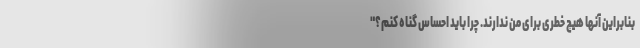
بنابراین آنها هیچ خطری برای من ندارند. چرا باید احساس گناه کنم؟"